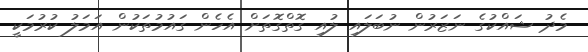
މެދު ޝައްކުގެ ނަޒަރުން ނުބަލައި ލުއި ގޮތްގޮތަށް އެހެން ގައުމުތަކުން އަމަލު ކުރުމަކީ